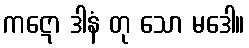
ကဋော ဒါနံ တု သော မဒေါ။